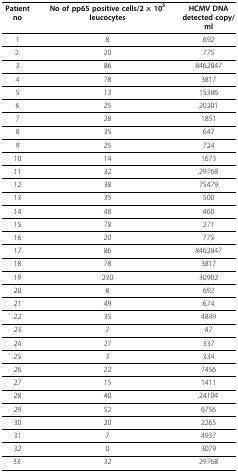
<table><thead><tr><td><b>Patient no</b></td><td><b>No of pp65 positive cells/2 × 10<sup>5 </sup>leucocytes</b></td><td><b>HCMV DNAdetected copy/ml</b></td></tr></thead><tbody><tr><td>1</td><td>8</td><td>692</td></tr><tr><td>2.</td><td>20</td><td>775</td></tr><tr><td>3</td><td>86</td><td>8462847</td></tr><tr><td>4</td><td>78</td><td>3817</td></tr><tr><td>5</td><td>13</td><td>15386</td></tr><tr><td>6</td><td>25</td><td>20201</td></tr><tr><td>7</td><td>28</td><td>1851</td></tr><tr><td>8</td><td>35</td><td>647</td></tr><tr><td>9</td><td>25</td><td>724</td></tr><tr><td>10</td><td>14</td><td>1673</td></tr><tr><td>11</td><td>32</td><td>29768</td></tr><tr><td>12</td><td>38</td><td>75479</td></tr><tr><td>13</td><td>35</td><td>500</td></tr><tr><td>14</td><td>48</td><td>460</td></tr><tr><td>15</td><td>78</td><td>271</td></tr><tr><td>16</td><td>20</td><td>775</td></tr><tr><td>17</td><td>86</td><td>8462847</td></tr><tr><td>18</td><td>78</td><td>3817</td></tr><tr><td>19</td><td>230</td><td>30902</td></tr><tr><td>20</td><td>8</td><td>692</td></tr><tr><td>21</td><td>49</td><td>674</td></tr><tr><td>22</td><td>35</td><td>4849</td></tr><tr><td>23</td><td>7</td><td>47</td></tr><tr><td>24</td><td>27</td><td>337</td></tr><tr><td>25</td><td>3</td><td>334</td></tr><tr><td>26</td><td>22</td><td>7456</td></tr><tr><td>27</td><td>15</td><td>1411</td></tr><tr><td>28</td><td>40</td><td>24104</td></tr><tr><td>29</td><td>52</td><td>6756</td></tr><tr><td>30</td><td>20</td><td>2265</td></tr><tr><td>31</td><td>7</td><td>4937</td></tr><tr><td>32</td><td>0</td><td>3079</td></tr><tr><td>33.</td><td>32</td><td>29768</td></tr></tbody></table>